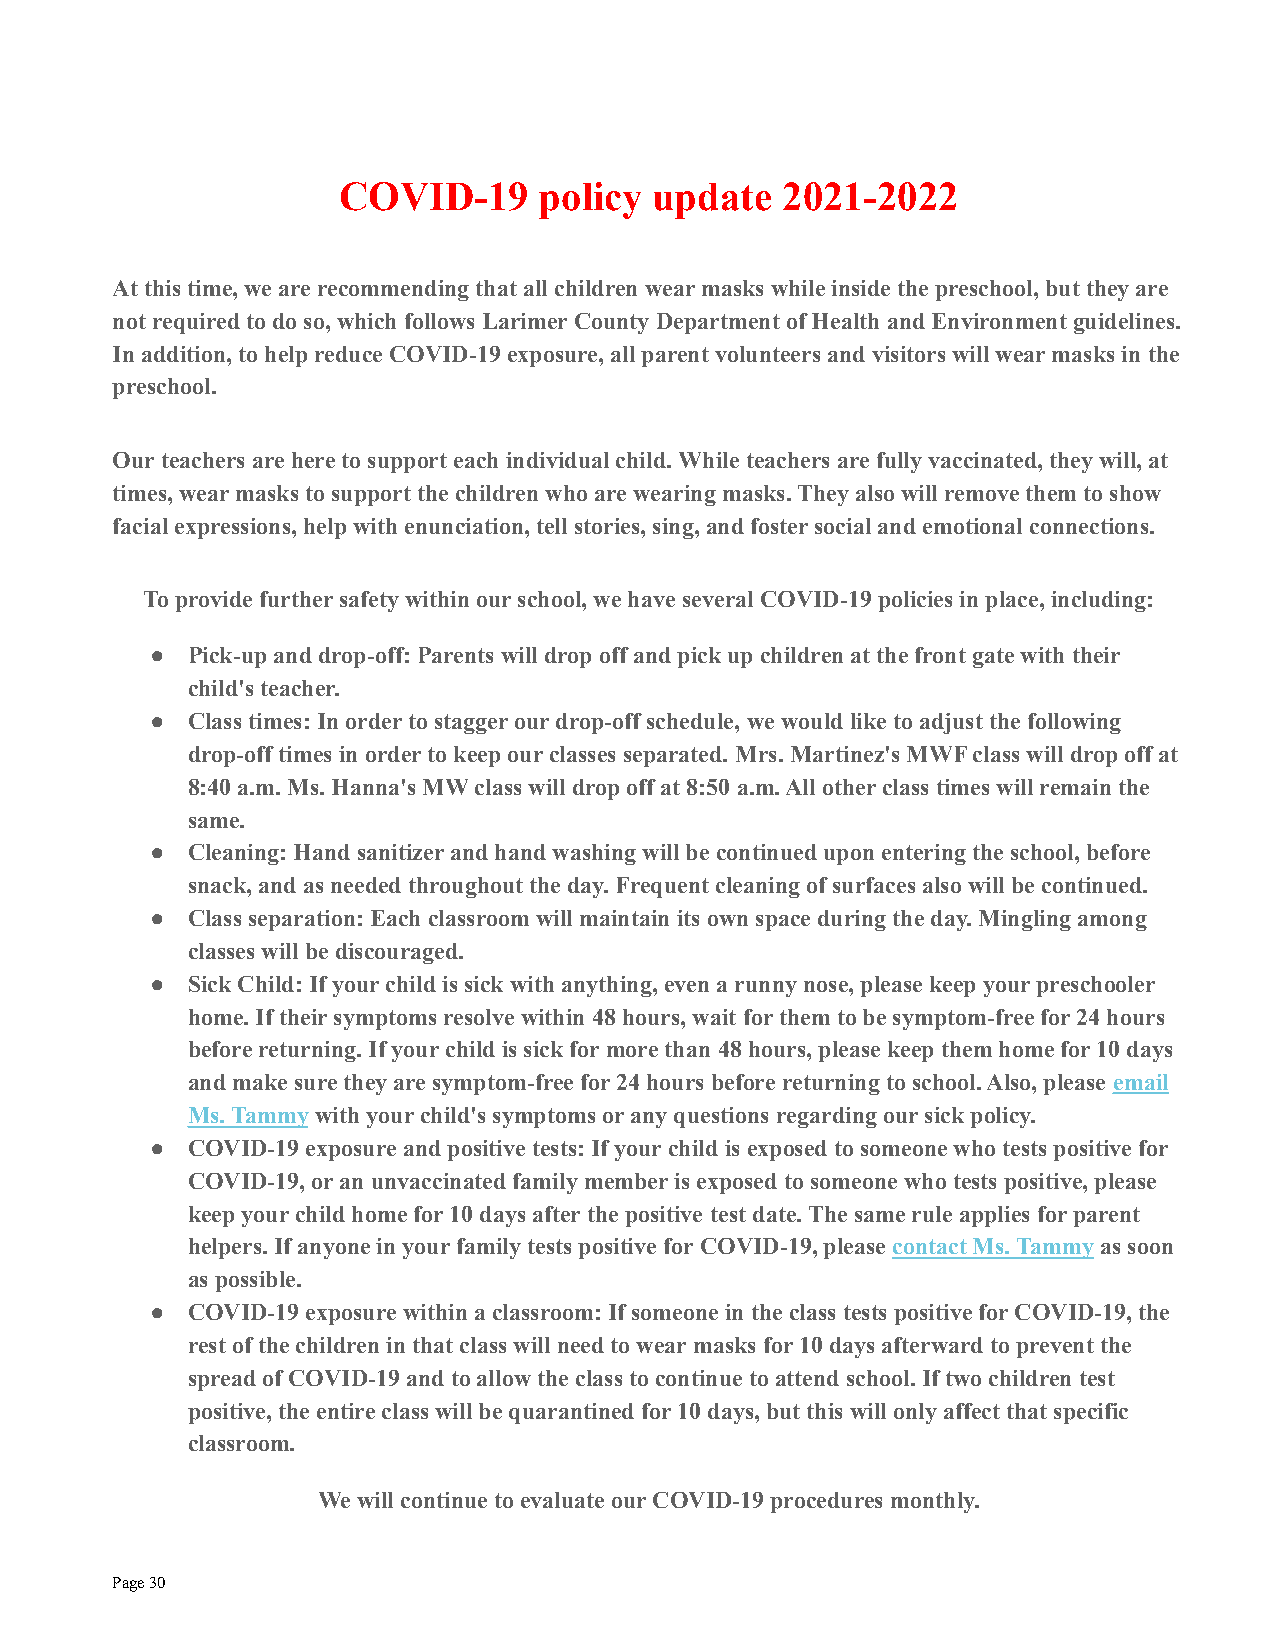
COVID-19      policy update   2021-2022
 At this time, we are recommending that all childrenwear masks while inside the preschool, but they are
 not required to do so, which follows Larimer County Department of Health and Environment guidelines.
 In addition, to help reduce COVID-19 exposure, allparent volunteers and visitors will wear masks in the
 preschool.
 Our teachers are here to support each individual child. While teachers are fully vaccinated, they will, at
 times, wear masks to support the children who are wearing masks. They also will remove them to show
 facial expressions, help with enunciation, tell stories,sing, and foster social and emotional connections.
 To provide further safety within our school, we have several COVID-19 policies in place, including:
 ● Pick-up and drop-off: Parents will drop off and pickup children at the front gate with their
 child's teacher.
 ● Class times: In order to stagger our drop-off schedule, we would like to adjust the following
 drop-off times in order to keep our classes separated. Mrs. Martinez's MWF class will drop off at
 8:40 a.m. Ms. Hanna's MW class will drop off at 8:50 a.m. All other class times will remain the
 same.
 ● Cleaning: Hand sanitizer and hand washing will be continued upon entering the school, before
 snack, and as needed throughout the day. Frequentcleaning of surfaces also will be continued.
 ● Class separation: Each classroom will maintain itsown space during the day. Mingling among
 classes will be discouraged.
 ● Sick Child: If your child is sick with anything, even a runny nose, please keep your preschooler
 home. If their symptoms resolve within 48 hours, wait for them to be symptom-free for 24 hours
 before returning. If your child is sick for more than 48 hours, please keep them home for 10 days
 and make sure they are symptom-free for 24 hours before returning to school. Also, please email
 Ms. Tammy with your child's symptoms or any questions regarding our sick policy.
 ● COVID-19 exposure and positive tests: If your child is exposed to someone who tests positive for
 COVID-19, or an unvaccinated family member is exposed to someone who tests positive, please
 keep your child home for 10 days after the positive test date. The same rule applies for parent
 helpers. If anyone in your family tests positive for COVID-19, pleasecontact Ms. Tammy as soon
 as possible.
 ● COVID-19 exposure within a classroom: If someone inthe class tests positive for COVID-19, the
 rest of the children in that class will need to wearmasks for 10 days afterward to prevent the
 spread of COVID-19 and to allow the class to continueto attend school. If two children test
 positive, the entire class will be quarantined for10 days, but this will only affect that specific
 classroom.
 We will continue to evaluate our COVID-19 procedures monthly.
 Page30